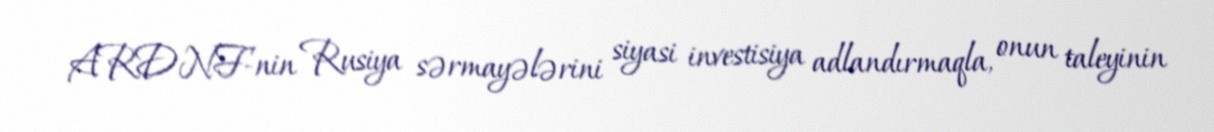
ARDNF-nin Rusiya sərmayələrini siyasi investisiya adlandırmaqla, onun taleyinin